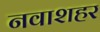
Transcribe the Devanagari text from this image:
नवाशहर